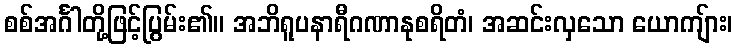
စစ်အင်္ဂါတို့ဖြင့်ပြွမ်း၏။ အဘိရူပနာရီဂဏာနုစရိတံ၊ အဆင်းလှသော ယောကျ်ား၊